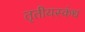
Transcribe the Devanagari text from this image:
तृतीयस्कंध